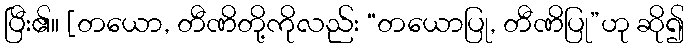
ပြီး၏။ [တယော, တီဏိတို့ကိုလည်း “တယောပြု, တီဏိပြု”ဟု ဆို၍